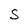
Character: S